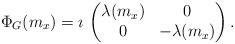
LaTeX: \begin{align*} \Phi_G(m_x) =\imath\, \begin{pmatrix} \lambda (m_x)& 0 \\0 & -\lambda (m_x)\end{pmatrix}.\end{align*}